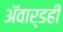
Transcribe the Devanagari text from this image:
ॲवार्डही